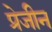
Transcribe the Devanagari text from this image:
प्रेजीन